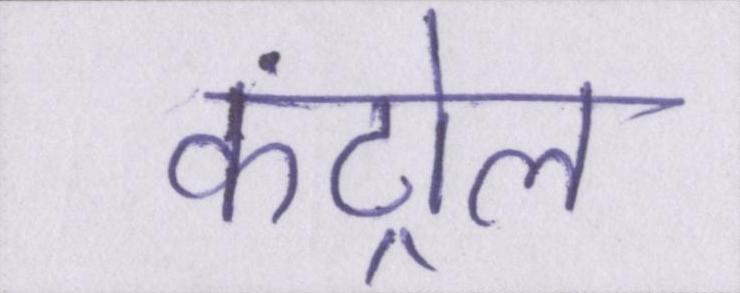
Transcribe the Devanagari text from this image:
कंट्रोल